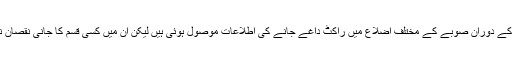
الیکشن کے دوران صوبے کے مختلف اضلاع میں راکٹ داغے جانے کی اطلاعات موصول ہوئی ہیں لیکن ان میں کسی قسم کا جانی نقصان نہیں ہوا۔